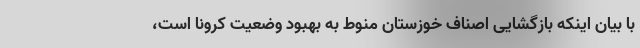
با بیان اینکه بازگشایی اصناف خوزستان منوط به بهبود وضعیت کرونا است،